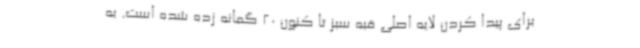
برای پیدا کردن لایه اصلی قبه سبز تا کنون 20 گمانه زده شده است. به